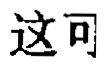
这可